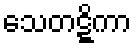
သေတဋ္ဋိကာ